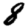
Digit: 8